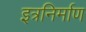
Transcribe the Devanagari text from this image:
इत्रनिर्माण